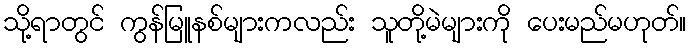
သို့ရာတွင် ကွန်မြူနစ်များကလည်း သူတို့မဲများကို ပေးမည်မဟုတ်။